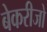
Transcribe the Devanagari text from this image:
बेकरीजो